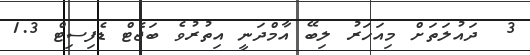
3  ދައުލަތަށް މިއަހަރު ލިބޭ އާމްދަނީ އިތުރުވެ ބަޖެޓް ޑެފިސިޓް 1.3